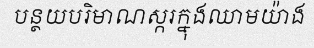
បន្ថយបរិមាណស្ករក្នុងឈាមយ៉ាង